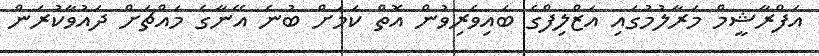
އަފްރާޝީމް މަރާލުމުގައި އަޒްލިފްގެ ބައިވެރިވުން އޮތް ކަމަށް ބުނެ އޭނާގެ މައްޗަށް ދައުވާކުރަން